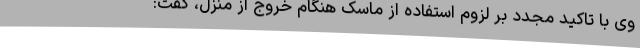
وی با تاکید مجدد بر لزوم استفاده از ماسک هنگام خروج از منزل، گفت: